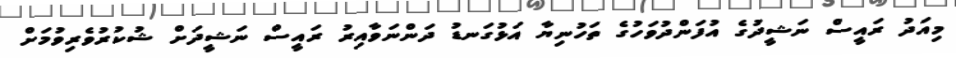
މިއަދު ރައީސް ނަޝީދުގެ އުފަންދުވަހުގެ ތަހުނިޔާ އަޅުގަނޑު ދަންނަވާއިރު ރައީސް ނަޝީދަށް ޝުކުރުވެރިވުމަށް